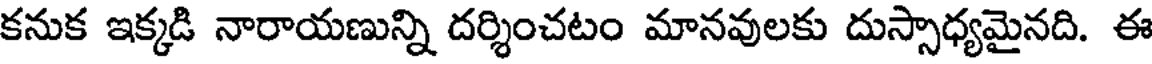
కనుక ఇక్కడి నారాయణున్ని దర్శించటం మానవులకు దుస్సాధ్యమైనది. ఈ